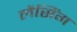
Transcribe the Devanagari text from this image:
लैसिंग